Magi,_Artur, lk 20
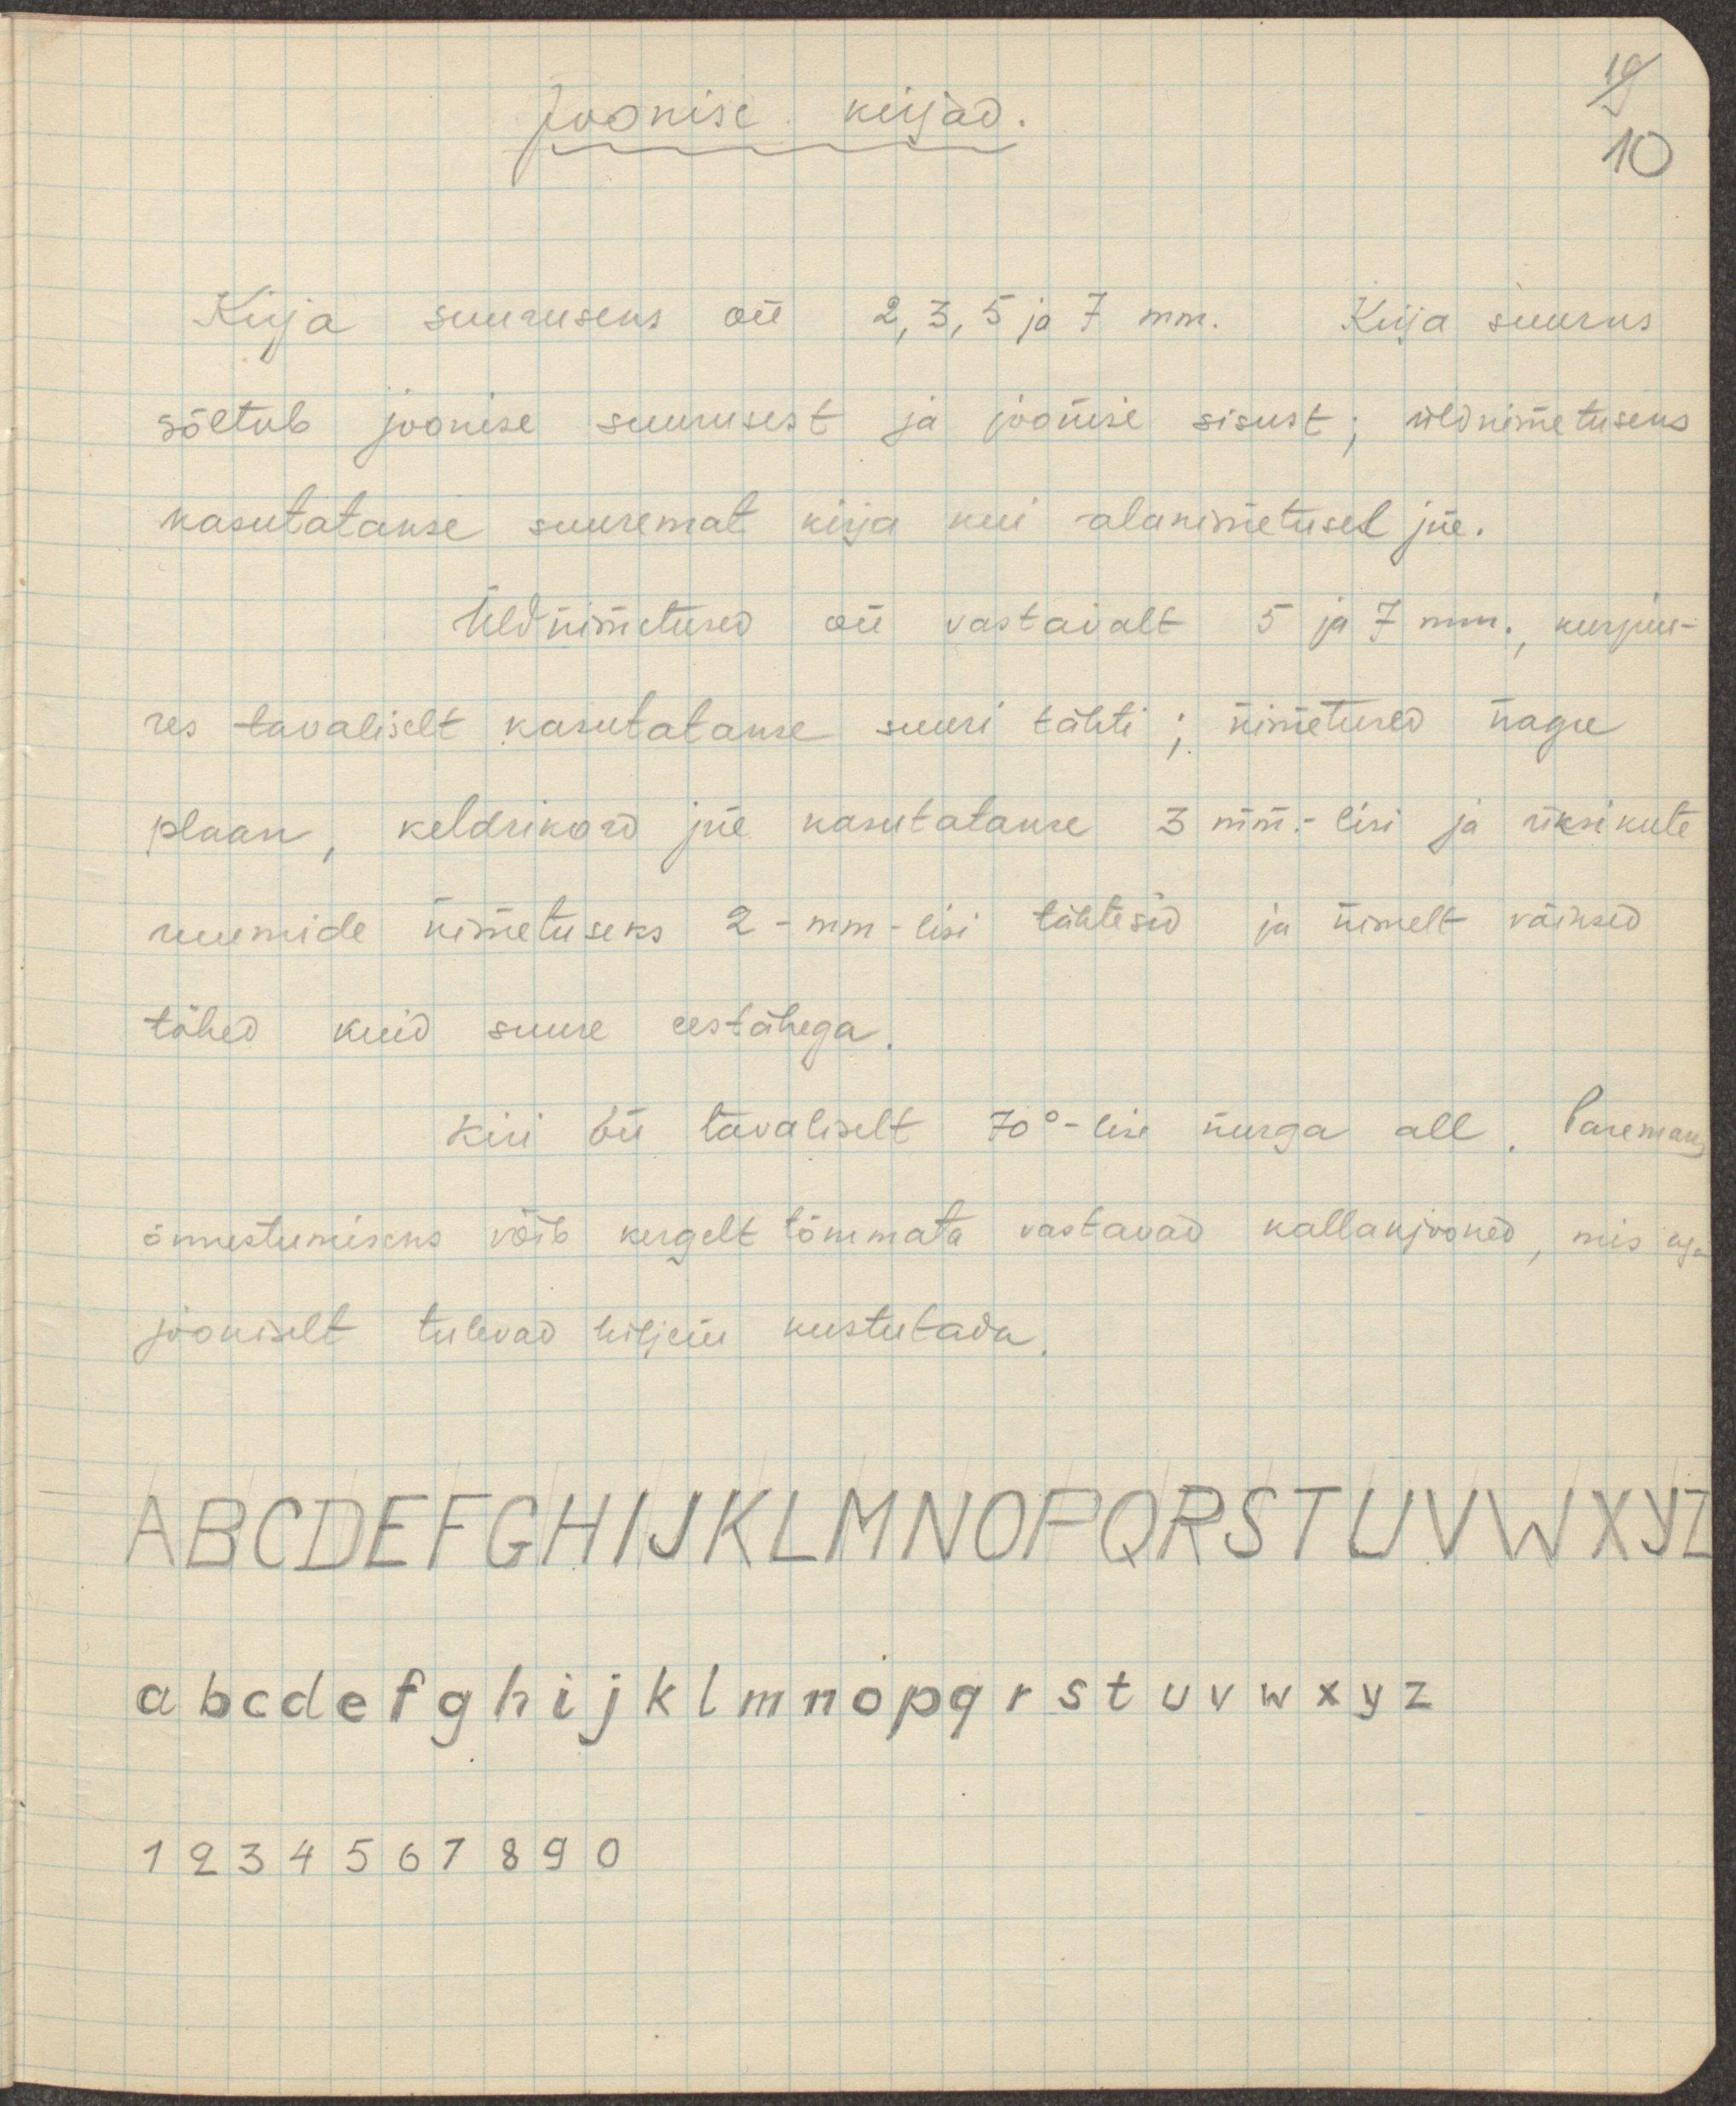
Joonise kirjad.
19
10
Kirja suuruseks on 2,3,5 ja 7 mm. Kirja suurus
sõltub joonise suurusest ja joonise sisust; üldnimetuseks
kasutatakse suuremat kirja kui alanimetusel jne.
Üldnimetused on vastavalt 5 ja 7 mm., kusjuu-
res tavaliselt kasutatakse suuri tähti; nimetused nagu
plaan, keldrikord jne kasutatakse 3 mm.-lisi ja üksikute
ruumide nimetuseks 2-mm-lisi tähtesid ja nimelt väiksed
tähed kuid suure eestähega.
Kiri on tavaliselt 70°-lise nurga all. Paremaks
õnnestumiseks võib kergelt tõmmata vastavad kallakjooned, mis aga
jooniselt tulevad hiljem kustutada.
ABCDEFGHIJKLMNOPQRSTUVWXYZ
abcdefghijklmnopqrstuvwxyz
1234567890